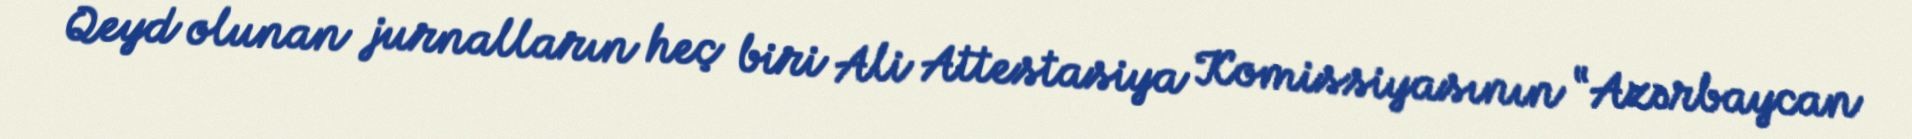
Qeyd olunan jurnalların heç biri Ali Attestasiya Komissiyasının “Azərbaycan